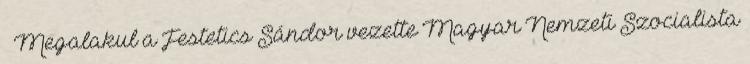
– Megalakul a Festetics Sándor vezette Magyar Nemzeti Szocialista